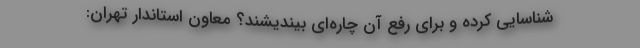
شناسایی کرده و برای رفع آن چاره‌ای بیندیشند؟ معاون استاندار تهران: